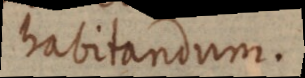
habitandum.